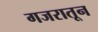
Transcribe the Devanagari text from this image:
गजरातून